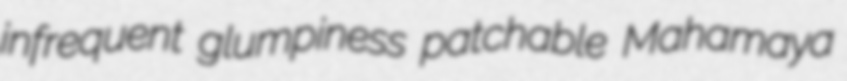
infrequent glumpiness patchable Mahamaya